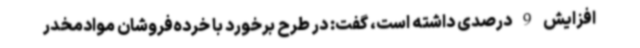
افزایش 9 درصدی داشته است، گفت: در طرح برخورد با خرده‌فروشان موادمخدر